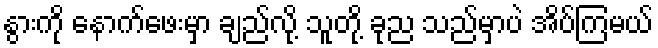
နွားကို နောက်ဖေးမှာ ချည်လို့ သူတို့ ခုည သည်မှာပဲ အိပ်ကြမယ်